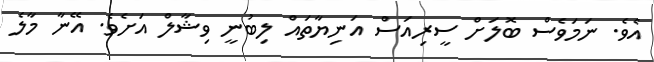
އެވެ. ނަމަވެސް ބޮލަށް ސީރިއަސް އަނިޔާތައް ލިބުނީ ވިޝާލް އަށެވެ. އޭނާ މާލެ